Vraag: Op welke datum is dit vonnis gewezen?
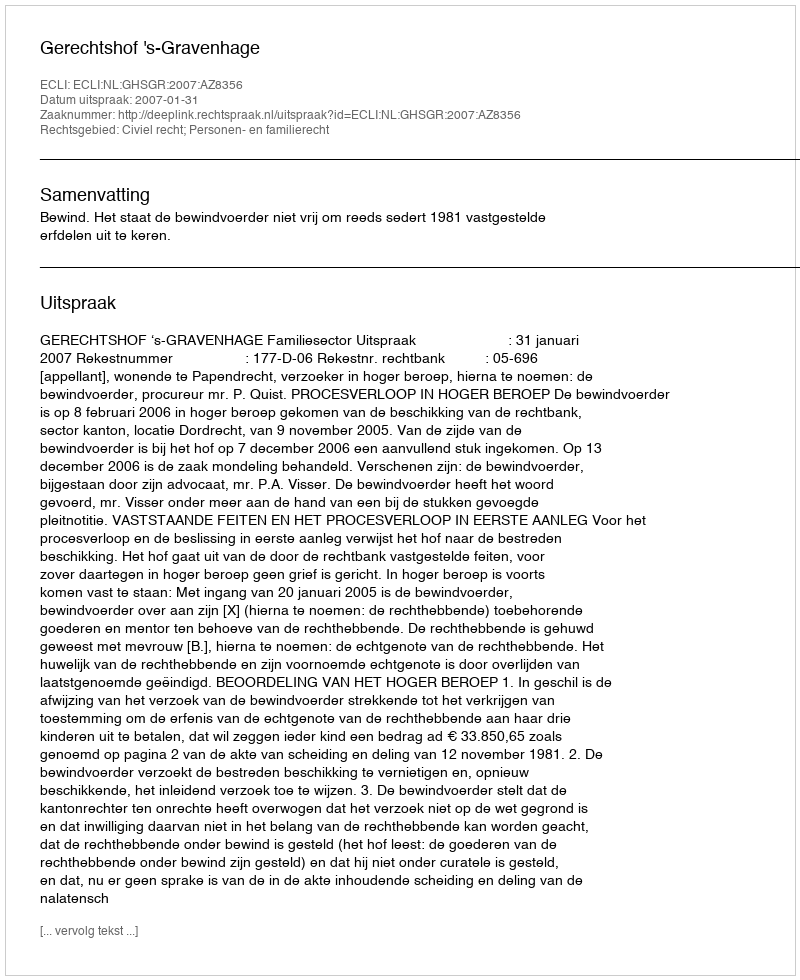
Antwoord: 2007-01-31